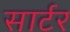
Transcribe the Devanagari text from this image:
सार्टर